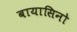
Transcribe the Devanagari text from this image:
बायासिनो